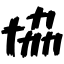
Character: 協